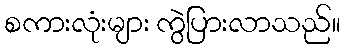
စကားလုံးများ ကွဲပြားလာသည်။